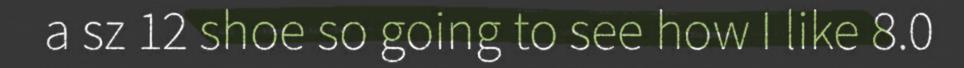
a sz 12 shoe so going to see how I like 8.0